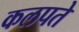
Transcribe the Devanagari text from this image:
कलपते